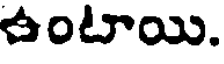
ఉంటాయి.